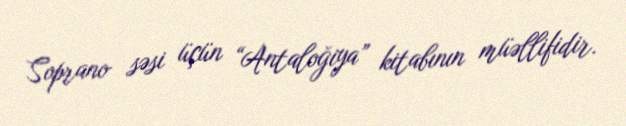
Soprano səsi üçün “Antaloğiya” kitabının müəllifidir.